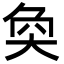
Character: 奐